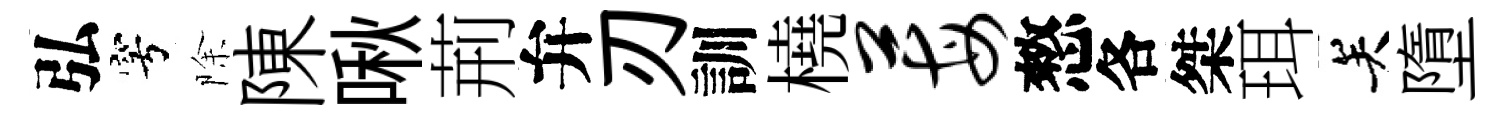
弘穹除陳啾荊弁刃訓橈莓憗各桀珥关墮